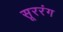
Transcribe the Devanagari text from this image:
सूररंग